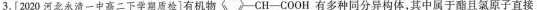
3.[2020河北永清一中高二下学期质检]有机物CH-COOH有多种同分异构体，其中属于酯且氯原子直接